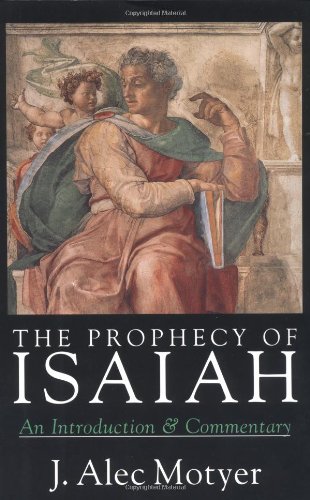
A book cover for The Prophecy of Isaiah: An Introduction  Commentary; J. Alec Motyer; Christian Books & Bibles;